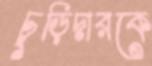
চুড়িদারকে